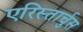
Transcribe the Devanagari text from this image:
एरिस्तार्चुस